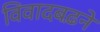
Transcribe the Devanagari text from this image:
विवादबढ़ने